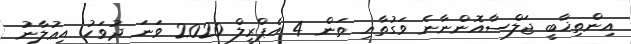
އިންތިޚާބީ ޖަލްސާއޮންނާނެ ވަގުތާއި ތަން 4 އެޕްރީލް 2020 ވަނަ ދުވަހު އިޢުލާނު